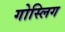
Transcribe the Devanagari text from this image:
गोस्लिग